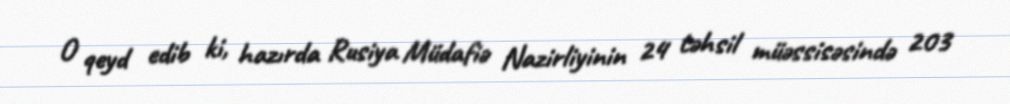
O qeyd edib ki, hazırda Rusiya Müdafiə Nazirliyinin 24 təhsil müəssisəsində 203